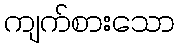
ကျက်စားသော